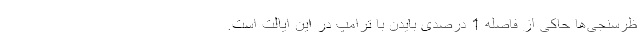
ظرسنجی‌ها حاکی از فاصله 1 درصدی بایدن با ترامپ در این ایالت است.